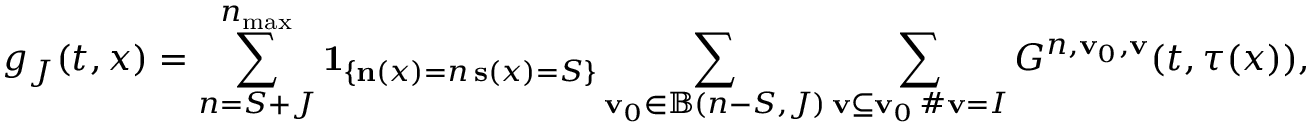
g _ { J } ( t , x ) = \sum _ { n = S + J } ^ { n _ { \operatorname* { m a x } } } \mathbf { 1 } _ { \left\{ \substack { \mathbf { n } ( x ) = n \, \mathbf { s } ( x ) = S } \right\} } \sum _ { \mathbf { v } _ { 0 } \in \mathbb { B } ( n - S , J ) } \sum _ { \substack { \mathbf { v } \subseteq \mathbf { v } _ { 0 } \, \# \mathbf { v } = I } } G ^ { n , \mathbf { v } _ { 0 } , \mathbf { v } } ( t , \tau ( x ) ) ,